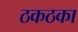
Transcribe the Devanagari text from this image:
ठकठका